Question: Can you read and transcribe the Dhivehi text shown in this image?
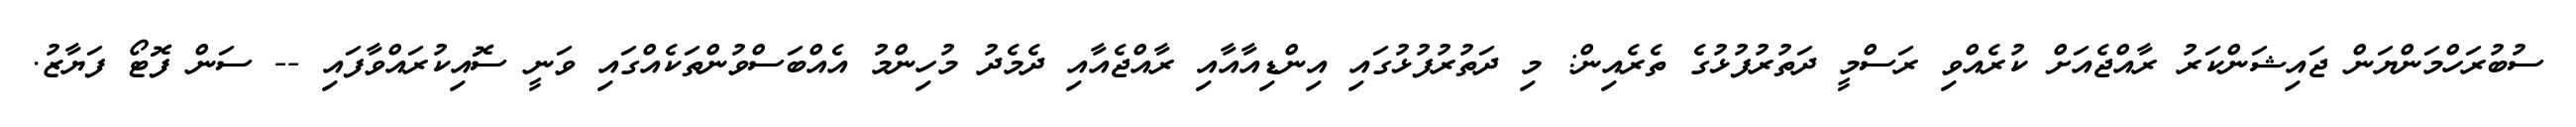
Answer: ސުބުރަހްމަންޔަން ޖައިޝަންކަރު ރާއްޖެއަށް ކުރެއްވި ރަސްމީ ދަތުރުފުޅުގެ ތެރެއިން: މި ދަތުރުފުޅުގައި އިންޑިއާއާއި ރާއްޖެއާއި ދެމެދު މުހިންމު އެއްބަސްވުންތަކެއްގައި ވަނީ ސޮއިކުރައްވާފައި -- ސަން ފޮޓޯ ފަޔާޒު.